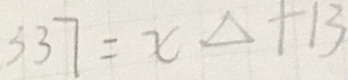
3 3 7 = x \Delta + 1 3